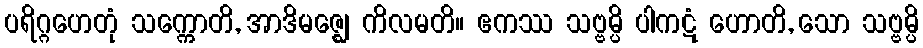
ပရိဂ္ဂဟေတုံ သက္ကောတိ, အာဒိမဇ္ဈေ ကိလမတိ။ ဧကဿ သဗ္ဗမ္ပိ ပါကဋံ ဟောတိ, သော သဗ္ဗမ္ပိ